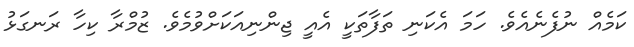
ކަމެއް ނުފެނެއެވެ. ހަމަ އެކަނި ތަފާތަކީ އެއީ ޖިންނިއަކަށްވުމެވެ. ޒުމްރާ ކިހާ ރަނގަޅު